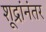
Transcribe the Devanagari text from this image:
शूद्रांनंतर